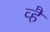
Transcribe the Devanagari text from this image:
व्है